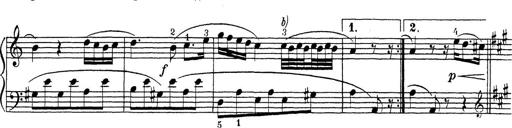
Title: ÄŒeskÃ© Sonatiny
Composer: Various